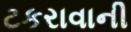
ટકરાવાની